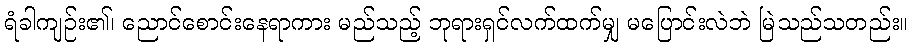
ရံခါကျဉ်း၏၊ ညောင်စောင်းနေရာကား မည်သည့် ဘုရားရှင်လက်ထက်မျှ မပြောင်းလဲဘဲ မြဲသည်သတည်း။